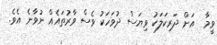
ވީމާ  އަށް ދަރިކަލަކު ވިޔަސް ދުވަހަކު ވެސް ވާރުތައެއް ނުވާނެ އެވެ.